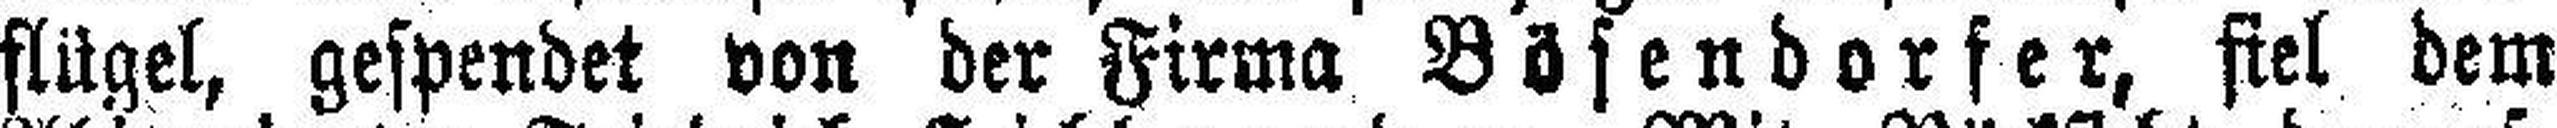
flügel, gespendet von der Firma Bösendorfer, fiel dem